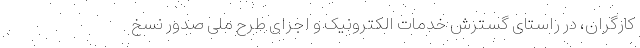
کارگران، در راستای گسترش خدمات الکترونیک و اجرای طرح ملی صدور نسخ